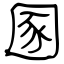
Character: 圂